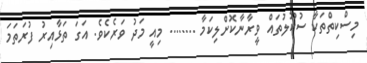
މިސްކިތްތަކާ ސުކޫލުތައް ވީރާނާކޮށްލިކަމާ ........ މިއީ މަދު ވަރެކެވެ. އަގަ ތަޅާއިރު ފުރަތަމަ